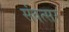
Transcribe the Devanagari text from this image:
संवत्‍सर